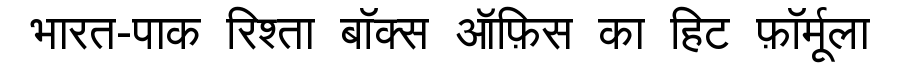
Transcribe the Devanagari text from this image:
भारत-पाक रिश्ता बॉक्स ऑफ़िस का हिट फ़ॉर्मूला